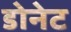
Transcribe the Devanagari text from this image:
डोनेट